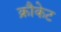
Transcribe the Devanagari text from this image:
क्रौकेट